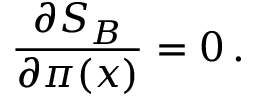
\frac { \partial S _ { B } } { \partial \pi ( x ) } = 0 \, .